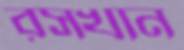
রসখান